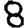
Digit: 8